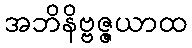
အဘိနိဗ္ဗဇ္ဇယာထ